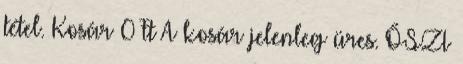
tétel. Kosár 0 Ft A kosár jelenleg üres. ŐSZI